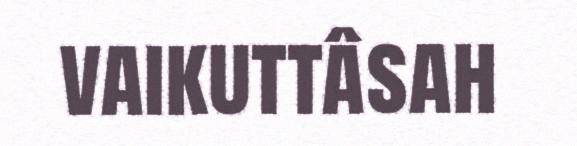
vaikuttâsah